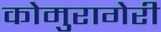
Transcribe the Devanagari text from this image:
कोमुरागेरी